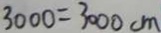
3 0 0 0 = 3 0 0 0 c m